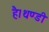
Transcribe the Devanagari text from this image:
है।थण्डी